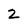
Character: 2